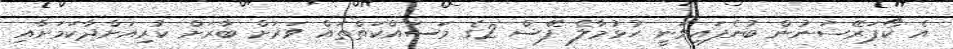
އެ ކޯޕަރޭޝަނުން ބުނެފައިވަނީ ހުޅުމާލެ ފޭސް 2ގެ މަސައްކަތްތައް ވަރަށް ބާރަށް ކުރިއަށްދާކަމަށާއި